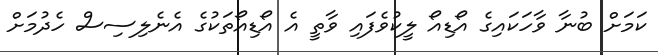
ކަމަށް ބުނާ ވާހަކައިގެ އޯޑިއޯ ލީކުވެފައި ވާތީ އެ އޯޑިއޯތަކުގެ އެނެލިސިސް ހެދުމަށް